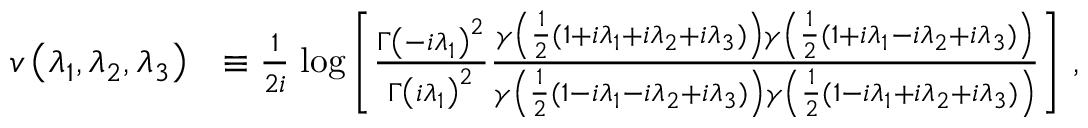
\begin{array} { r l } { v \left( \lambda _ { 1 } , \lambda _ { 2 } , \lambda _ { 3 } \right) } & { \equiv \frac { 1 } { 2 i } \; \mathrm { l o g } \left[ \frac { \Gamma \left( - i \lambda _ { 1 } \right) ^ { 2 } } { \Gamma \left( i \lambda _ { 1 } \right) ^ { 2 } } \frac { \gamma \left( \frac { 1 } { 2 } ( 1 + i \lambda _ { 1 } + i \lambda _ { 2 } + i \lambda _ { 3 } ) \right) \gamma \left( \frac { 1 } { 2 } ( 1 + i \lambda _ { 1 } - i \lambda _ { 2 } + i \lambda _ { 3 } ) \right) } { \gamma \left( \frac { 1 } { 2 } ( 1 - i \lambda _ { 1 } - i \lambda _ { 2 } + i \lambda _ { 3 } ) \right) \gamma \left( \frac { 1 } { 2 } ( 1 - i \lambda _ { 1 } + i \lambda _ { 2 } + i \lambda _ { 3 } ) \right) } \right] \, , } \end{array}